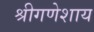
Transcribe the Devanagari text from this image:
श्रीगणेशाय